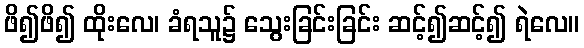
ဖိ၍ဖိ၍ ထိုးလေ၊ ခံရသူ၌ သွေးခြင်းခြင်း ဆင့်၍ဆင့်၍ ရဲလေ။